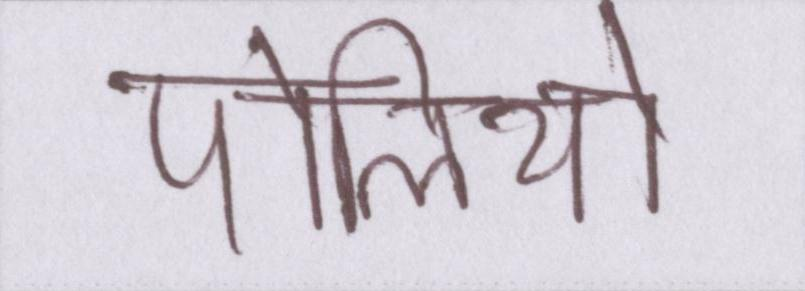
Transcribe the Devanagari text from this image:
पोलियो